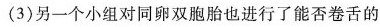
(3)另一个小组对同卵双胞胎也进行了能否卷舌的